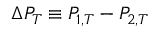
\Delta P _ { T } \equiv P _ { 1 , T } - P _ { 2 , T }